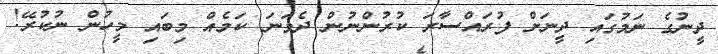
ދީނުގެ ނަމުގައި ދީނަށް ފުރައްސާރަ ކުރުންނުން ދެވަނަ ކަމެއް މިބައި މީހުން ނުކުރޭ!